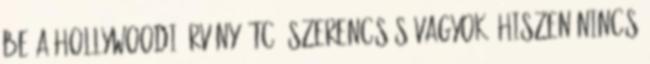
be a hollywoodi örvény? TC: Szerencsés vagyok, hiszen nincs